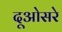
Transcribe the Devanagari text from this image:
दूओसरे